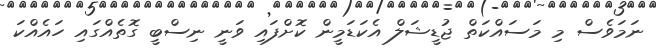
ނަމަވެސް މި މަސައްކަތް ޖުޑީޝަލް އެކަޑަމީން ކޮށްފައި ވަނީ ނިސްބީ ގޮތެއްގައި ހައެއްކަ